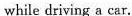
while driving a car.